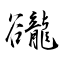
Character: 豅